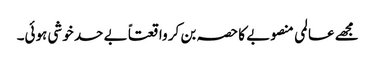
مجھے عالمی منصوبے کا حصہ بن کر واقعتاً بے حد خوشی ہوئی۔